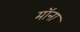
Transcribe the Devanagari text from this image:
मॉना